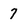
Character: 7